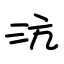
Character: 沆